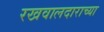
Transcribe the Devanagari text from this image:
रखवालदाराच्या